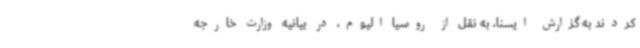
کردند به گزارش ایسنا، به نقل از روسیا الیوم، در بیانیه وزارت خارجه